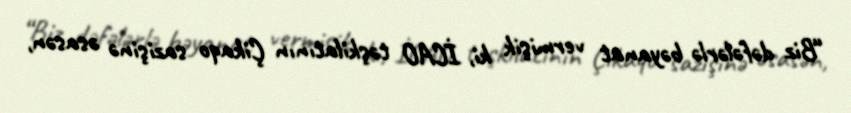
“Biz dəfələrlə bəyanat vermişik ki, İCAO təşkilatının Çikaqo sazişinə əsasən,